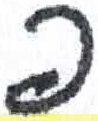
אות: פ